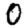
Digit: 0